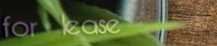
for lease